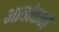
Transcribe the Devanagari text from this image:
भावांकन